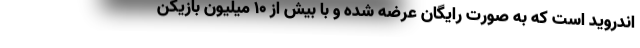
اندروید است که به صورت رایگان عرضه شده و با بیش از 10 میلیون بازیکن